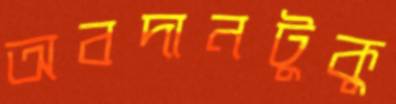
অবদানটুকু